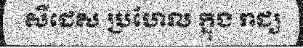
សឺដេស ប្រហែល ក្នុង រាជ្យ